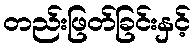
တည်းဖြတ်ခြင်းနှင့်